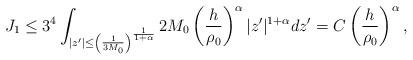
LaTeX: \begin{align*} J_1\leq 3^4 \int_{|z'|\leq\left(\frac{1}{3M_0}\right)^{\frac{1}{1+\alpha}}} 2M_0\left(\frac{h}{\rho_0}\right)^\alpha|z'|^{1+\alpha} dz' = C \left(\frac{h}{\rho_0}\right)^\alpha,\end{align*}